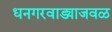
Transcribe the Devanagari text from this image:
धनगरवाड्याजवळ